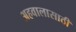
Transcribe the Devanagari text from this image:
अहवालासाठी